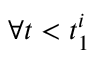
\forall t < t _ { 1 } ^ { i }